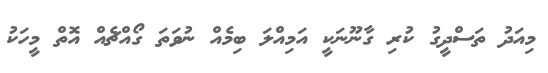
މިއަދު ތަސްދީގު ކުރި ގާނޫނަކީ އަމިއްލަ ބިމެއް ނުވަތަ ގޯއްޗެއް އޮތް މީހަކު